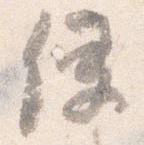
使